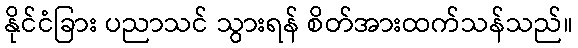
နိုင်ငံခြား ပညာသင် သွားရန် စိတ်အားထက်သန်သည်။